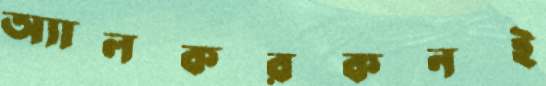
অ্যালকরকনই